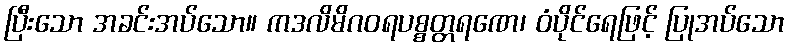
ပြီးသော အခင်းအပ်သော။ ကဒလိမိဂဝရပစ္စတ္တရဏေ၊ ဝံပိုင်ရေဖြင့် ပြုအပ်သော